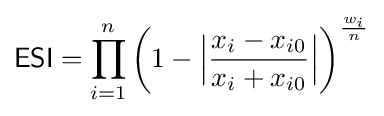
{\mathsf {ESI}}=\prod _{i=1}^{n}\left(1-{\Big \vert }{\frac {x_{i}-x_{i0}}{x_{i}+x_{i0}}}{\Big \vert }\right)^{\frac {w_{i}}{n}}